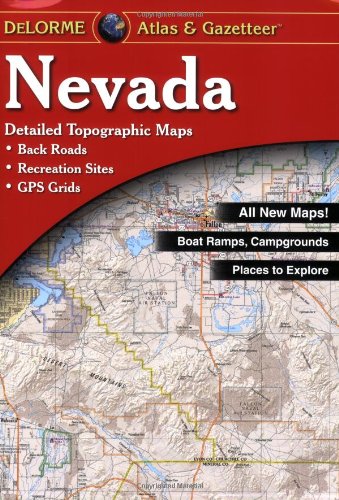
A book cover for Nevada Atlas & Gazetteer; Delorme; Reference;